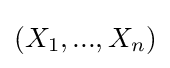
(X_{1},...,X_{n})